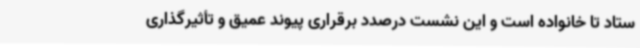
ستاد تا خانواده است و این نشست درصدد برقراری پیوند عمیق و تأثیرگذاری